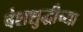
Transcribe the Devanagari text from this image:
वंशशुद्धीच्या